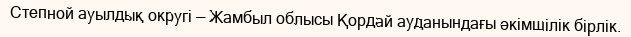
Степной ауылдық округі — Жамбыл облысы Қордай ауданындағы әкімшілік бірлік.